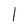
Character: 1